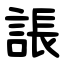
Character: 䛫